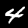
Label: 4